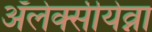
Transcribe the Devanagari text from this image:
ॲलेक्सीयेव्ना